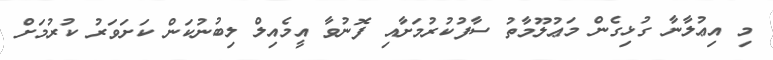
މި އިޢުލާނާ ގުޅިގެން މަޢުލޫމާތު ސާފުކުރުމަށާއި ފޮނުވާ އީމެއިލް ލިބުނުކަން ކަށަވަރު ކުރުމަށް